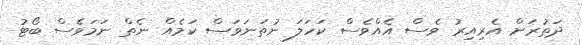
ދަތުރަށް އެރިއިރު ވެސް އެއްވެސް ކަހަލަ ނުތަނަވަސް ކަމެއް ނެތް ނަމަވެސް ބޯޓު